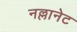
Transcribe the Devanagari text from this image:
नल्लानेट